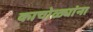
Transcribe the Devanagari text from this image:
काचोळ्यांना